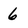
Character: 6